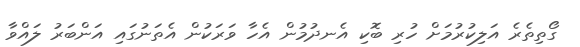
ގޯތިތެރެ އަލިކުރުމަށް ހުރި ބޮކި އެނދުމުން އެހާ ވަރަކުން އެތަނުގައި އަންބަރު ލައްވާ